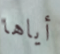
أياها